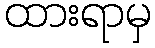
ထားရာမှ